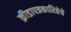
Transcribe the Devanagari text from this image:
क्रीडापत्रकारितेचे